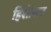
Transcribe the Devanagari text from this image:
हिशेाबात